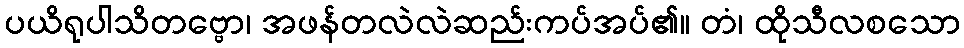
ပယိရုပါသိတဗ္ဗော၊ အဖန်တလဲလဲဆည်းကပ်အပ်၏။ တံ၊ ထိုသီလစသော